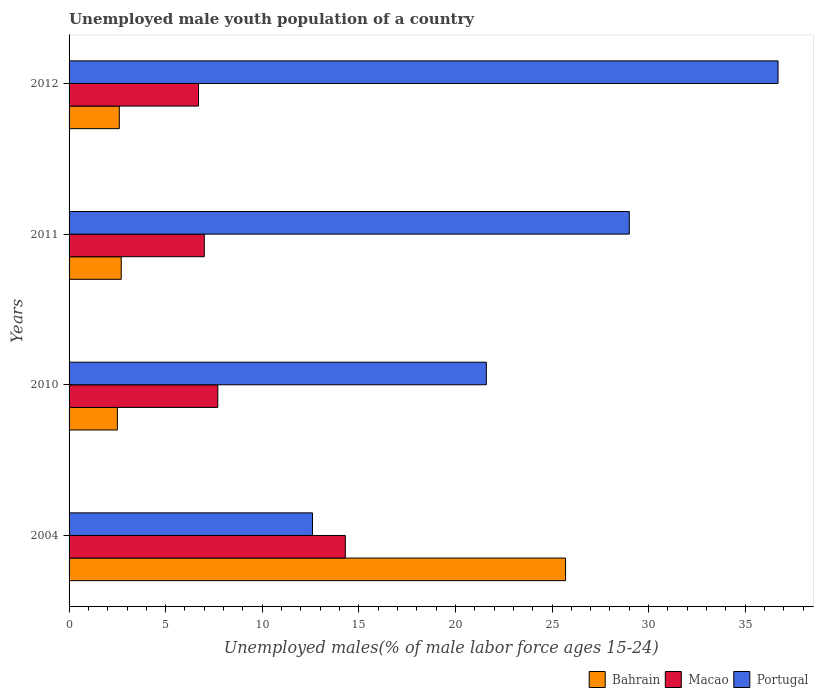
| Years | Bahrain | Macao | Portugal |
 | --- | --- | --- | --- |
 | 2004 | 25.7 | 14.3 | 12.6 |
 | 2010 | 2.5 | 7.7 | 21.6 |
 | 2011 | 2.7 | 7 | 29 |
 | 2012 | 2.6 | 6.7 | 36.7 |